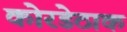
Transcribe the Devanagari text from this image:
कोरडेठाक